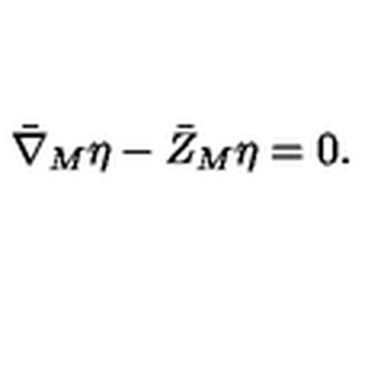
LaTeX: { \bar { \nabla } } _ { M } \eta - { \bar { Z } } _ { M } \eta = 0 .